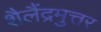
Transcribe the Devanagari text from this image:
शैलैंद्रमुत्तर